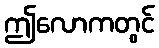
ဤလောကတွင်